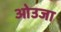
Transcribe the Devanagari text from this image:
ओउजा